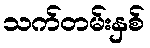
သက်တမ်းနှစ်